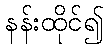
နန်းထိုင်၍